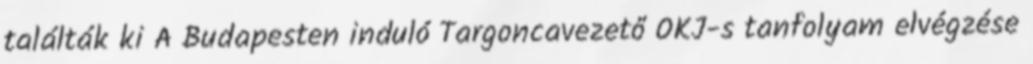
találták ki A Budapesten induló Targoncavezető OKJ-s tanfolyam elvégzése